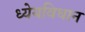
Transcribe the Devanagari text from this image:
ध्येयविधान